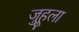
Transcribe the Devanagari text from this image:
जुहूला